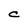
Character: C